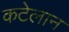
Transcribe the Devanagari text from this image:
कटेलान